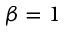
\beta = 1